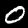
Digit: 0